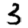
Digit: 3